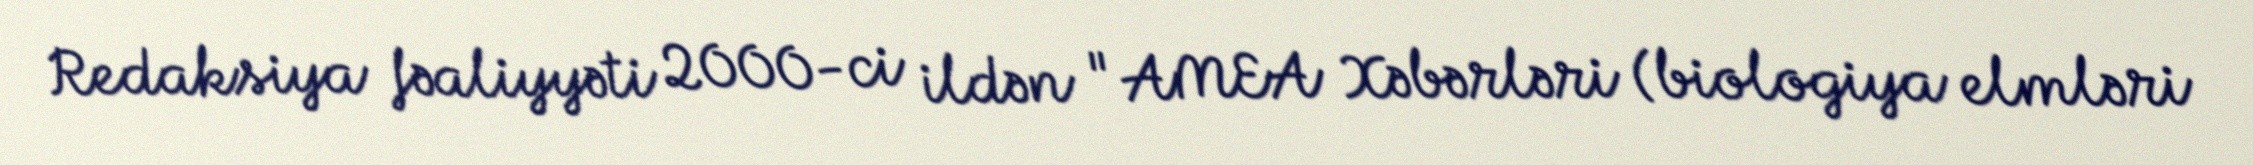
Redaksiya fəaliyyəti 2000-ci ildən "AMEA Xəbərləri (biologiya elmləri